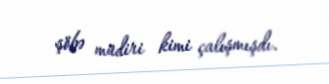
şöbə müdiri kimi çalışmışdı.